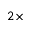
2 \times